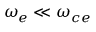
\omega _ { e } \ll \omega _ { c e }